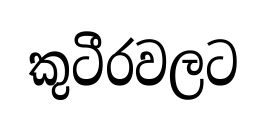
කුටීරවලට